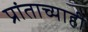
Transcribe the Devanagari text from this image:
प्रांताच्याही